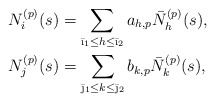
\begin{align*}&N_{i}^{(p)}(s)=\sum_{\bar \i_1\le h\le\bar \i_2}a_{h,p}\bar N_{h}^{(p)}(s), \\&N_{j}^{(p)}(s)=\sum_{\bar \j_1\le k\le\bar \j_2}b_{k,p}\bar N_{k}^{(p)}(s), \end{align*}